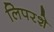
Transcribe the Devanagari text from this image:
लिपरशे